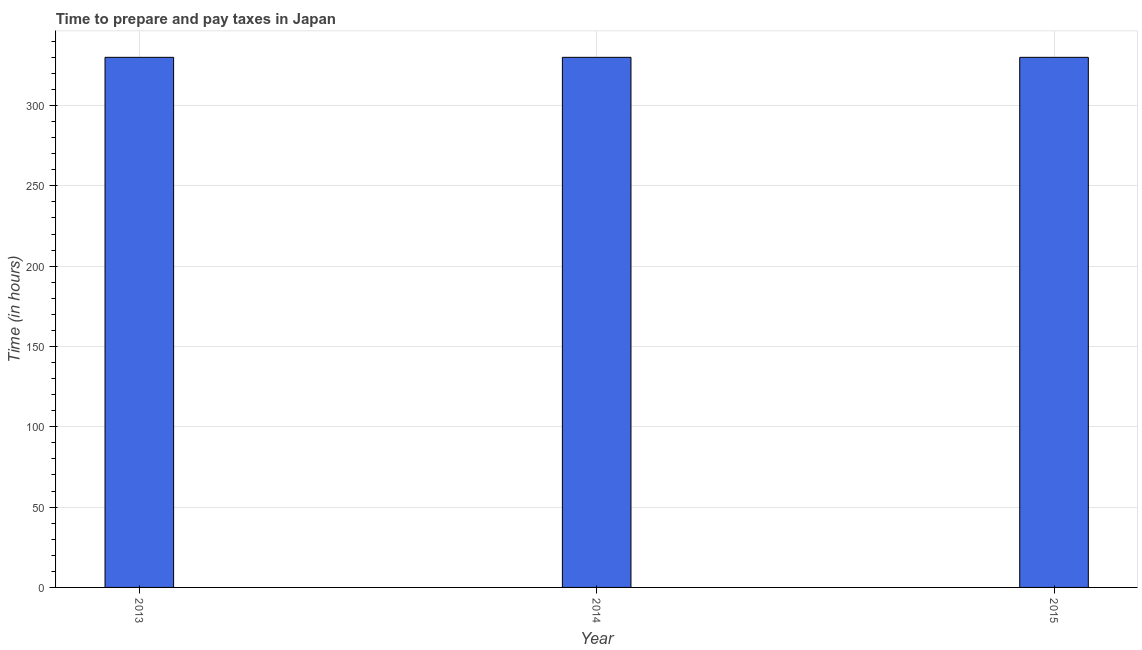
| Year | Time to prepare and pay taxes |
 | --- | --- |
 | 2013 | 330 |
 | 2014 | 330 |
 | 2015 | 330 |